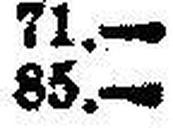
85.—